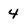
Character: 4